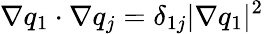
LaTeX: \nabla q_{1}\cdot\nabla q_{j}=\delta_{1j}|\nabla q_{1}|^{2}